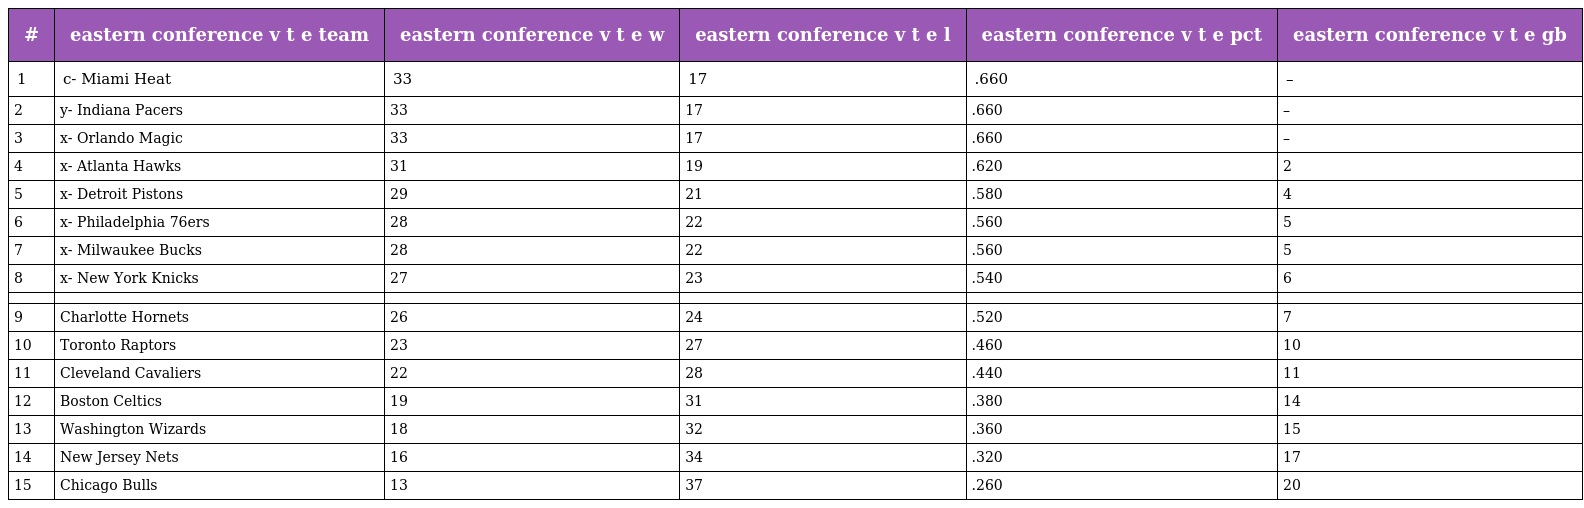
| # | eastern conference v t e team | eastern conference v t e w | eastern conference v t e l | eastern conference v t e pct | eastern conference v t e gb |
 | --- | --- | --- | --- | --- | --- |
 | 1 | c- Miami Heat | 33 | 17 | .660 | – |
 | 2 | y- Indiana Pacers | 33 | 17 | .660 | – |
 | 3 | x- Orlando Magic | 33 | 17 | .660 | – |
 | 4 | x- Atlanta Hawks | 31 | 19 | .620 | 2 |
 | 5 | x- Detroit Pistons | 29 | 21 | .580 | 4 |
 | 6 | x- Philadelphia 76ers | 28 | 22 | .560 | 5 |
 | 7 | x- Milwaukee Bucks | 28 | 22 | .560 | 5 |
 | 8 | x- New York Knicks | 27 | 23 | .540 | 6 |
 |  |  |  |  |  |  |
 | 9 | Charlotte Hornets | 26 | 24 | .520 | 7 |
 | 10 | Toronto Raptors | 23 | 27 | .460 | 10 |
 | 11 | Cleveland Cavaliers | 22 | 28 | .440 | 11 |
 | 12 | Boston Celtics | 19 | 31 | .380 | 14 |
 | 13 | Washington Wizards | 18 | 32 | .360 | 15 |
 | 14 | New Jersey Nets | 16 | 34 | .320 | 17 |
 | 15 | Chicago Bulls | 13 | 37 | .260 | 20 |